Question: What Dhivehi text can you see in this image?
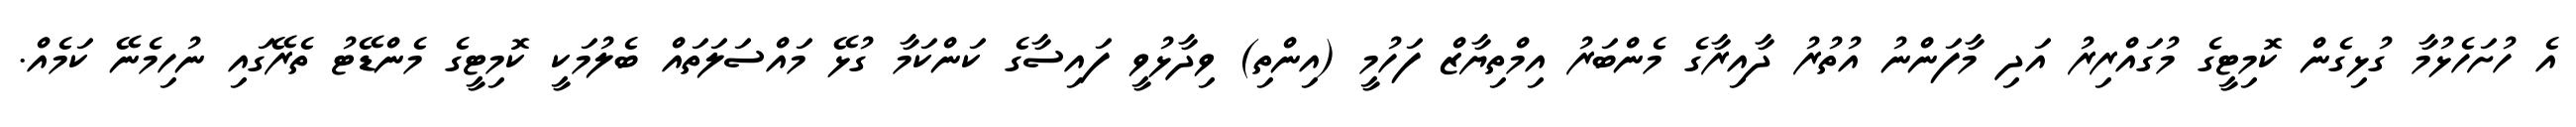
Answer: އެ ހުށަހެޅުމާ ގުޅިގެން ކޮމިޓީގެ މުގައްރިރު އަދި މާފަންނު އުތުރު ދާއިރާގެ މެންބަރު އިމްތިޔާޒް ފަހުމީ (އިންތި) ވިދާޅުވީ ފައިސާގެ ކަންކަމާ ގުޅޭ މައްސަލަތައް ބެލުމަކީ ކޮމިޓީގެ މެންޑޭޓު ތެރޭގައި ނުހިމެނޭ ކަމެއް.